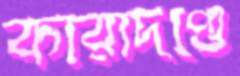
কারাদণ্ডে